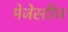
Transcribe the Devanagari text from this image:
मेजेस्टीज